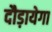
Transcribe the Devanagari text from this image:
दौड़ायेगा